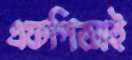
এফপিআই